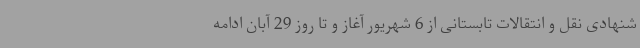
شنهادی نقل و انتقالات تابستانی از 6 شهریور آغاز و تا روز 29 آبان ادامه